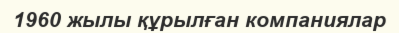
1960 жылы құрылған компаниялар